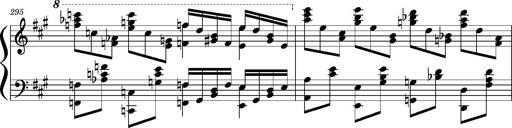
Title: Concerto sans orchestre, S.524a
Composer: Franz Liszt
Key: A major